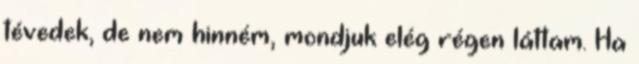
tévedek, de nem hinném, mondjuk elég régen láttam. Ha